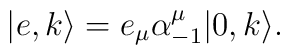
|e,k\rangle = e_\mu \alpha^\mu_{-1} |0,k\rangle.